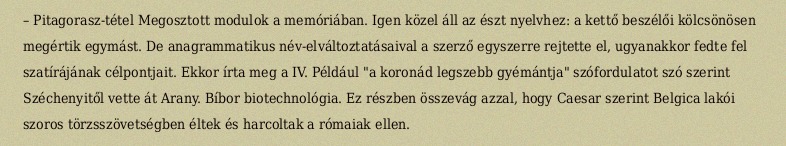
– Pitagorasz-tétel Megosztott modulok a memóriában. Igen közel áll az észt nyelvhez: a kettő beszélői kölcsönösen megértik egymást. De anagrammatikus név-elváltoztatásaival a szerző egyszerre rejtette el, ugyanakkor fedte fel szatírájának célpontjait. Ekkor írta meg a IV. Például "a koronád legszebb gyémántja" szófordulatot szó szerint Széchenyitől vette át Arany. Bíbor biotechnológia. Ez részben összevág azzal, hogy Caesar szerint Belgica lakói szoros törzsszövetségben éltek és harcoltak a rómaiak ellen.